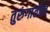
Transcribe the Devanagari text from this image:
तुरुंगांतील